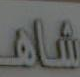
Ala